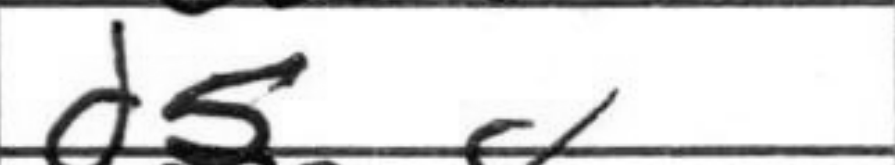
Transcription: d5